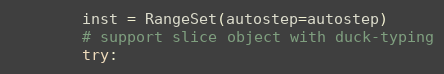
Language: Python
        inst = RangeSet(autostep=autostep)
        # support slice object with duck-typing
        try: